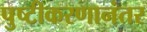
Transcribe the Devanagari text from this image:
पुष्टीकरणानंतर